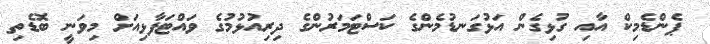
ޕެންޑެމިކް އާއި ގުޅިގެން އަޅުގަނޑުމެންގެ ކަސްޓަމަރުންގެ ދިރިއުޅުމުގެ ވައްޓަފާޅިއަށް މިވަނީ ބޮޑެތި